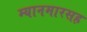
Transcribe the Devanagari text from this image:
म्यानमारसह